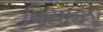
પિયાઝા